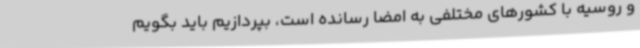
و روسیه با کشورهای مختلفی به امضا رسانده است، بپردازیم باید بگویم